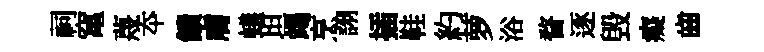
祠𥧄蔑夲饋膚蟻坦竭烹詡插鞋約萝浴瞀逐毁癡齒